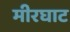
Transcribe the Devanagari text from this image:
मीरघाट